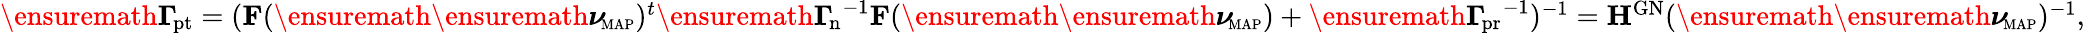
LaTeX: \begin{array}{r}{\ensuremath{\boldsymbol\Gamma_{\! \mathrm{pt}}}=(\mathbf F(\ensuremath{\ensuremath{\boldsymbol\nu}_{\! \mathrm{\scriptscriptstyle MAP}}})^{t}\ensuremath{\boldsymbol\Gamma_{\! \mathrm{n}}}^{-1}\mathbf F(\ensuremath{\ensuremath{\boldsymbol\nu}_{\! \mathrm{\scriptscriptstyle MAP}}})+\ensuremath{\boldsymbol\Gamma_{\! \mathrm{pr}}}^{-1})^{-1}=\mathbf H^{\mathrm{GN}}(\ensuremath{\ensuremath{\boldsymbol\nu}_{\! \mathrm{\scriptscriptstyle MAP}}})^{-1},}\end{array}